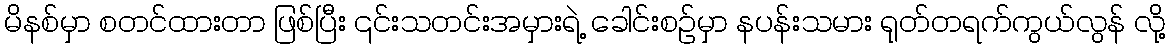
မိနစ်မှာ စတင်ထားတာ ဖြစ်ပြီး ၎င်းသတင်းအမှားရဲ့ ခေါင်းစဉ်မှာ နပန်းသမား ရုတ်တရက်ကွယ်လွန် လို့